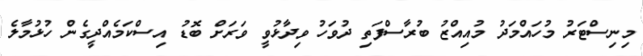
މިނިސްޓަރު މުހައްމަދު މުއިއްޒު ބުރާސްފަތި ދުވަހު ވިދާޅުވީ ވަރަށް ބޮޑު އިސްކަމެއްދީގެން ހުޅުމާލެ